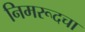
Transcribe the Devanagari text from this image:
निमरूदचा